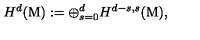
{ H ^ { d } } ( \mathrm { M } ) : = { \displaystyle { \displaystyle \oplus _ { s = 0 } ^ { d } } } { H ^ { d - s , s } } ( { \mathrm { M } } ) ,